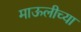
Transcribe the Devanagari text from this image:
माऊलीच्या